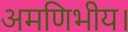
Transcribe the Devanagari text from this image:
अमणिभीय।